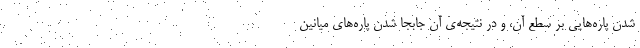
شدن پاره‌هایی بر سطع آن، و در نتیجه‌ی آن جابجا شدن پاره‌های میانین